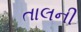
તાલની